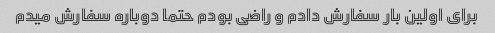
برای اولین بار سفارش دادم و راضی بودم حتما دوباره سفارش میدم